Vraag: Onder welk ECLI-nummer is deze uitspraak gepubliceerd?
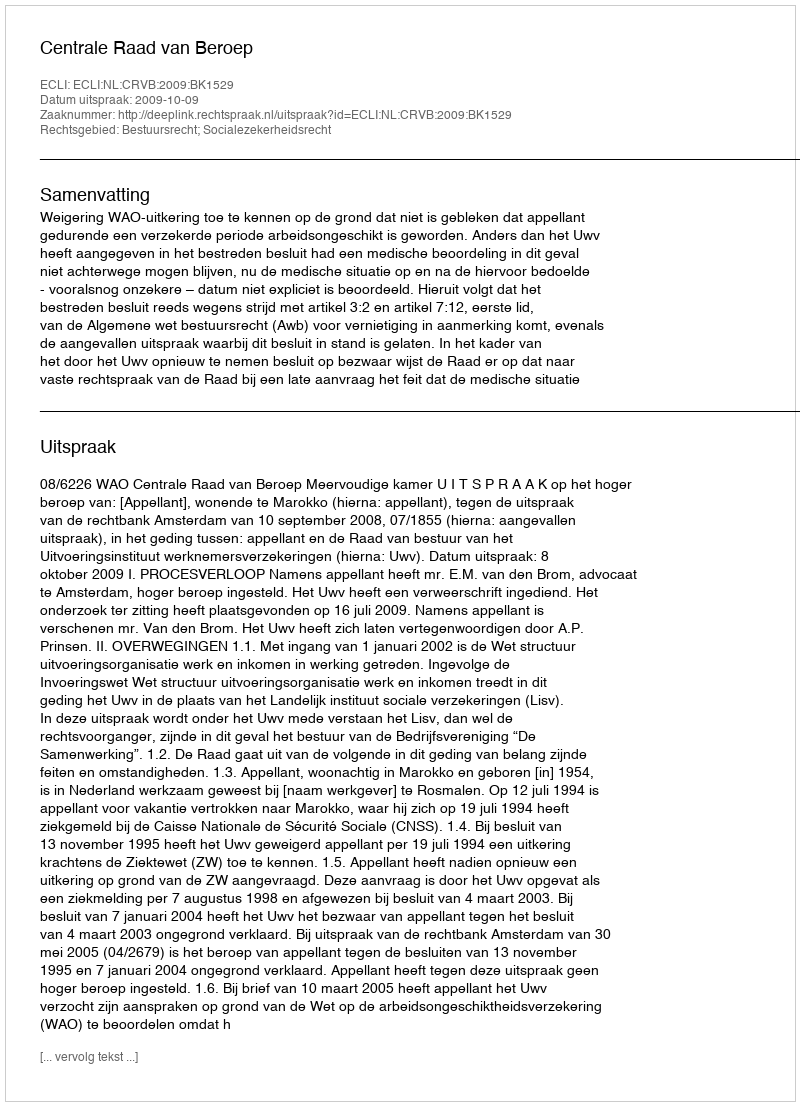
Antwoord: ECLI:NL:CRVB:2009:BK1529